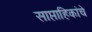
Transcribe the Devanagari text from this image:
साप्ताहिकांचे